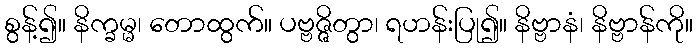
စွန့်၍။ နိက္ခမ္မ၊ တောထွက်။ ပဗ္ဗဇ္ဇိတွာ၊ ရဟန်းပြု၍။ နိဗ္ဗာနံ၊ နိဗ္ဗာန်ကို။